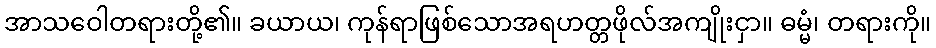
အာသဝေါတရားတို့၏။ ခယာယ၊ ကုန်ရာဖြစ်သောအရဟတ္တဖိုလ်အကျိုးငှာ။ ဓမ္မံ၊ တရားကို။